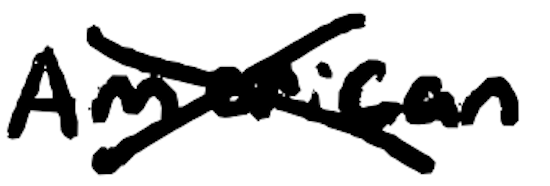
Text: American
Cross-out: cross
Writing tool: digital_black